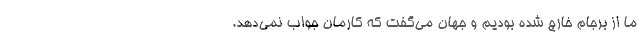
ما از برجام خارج شده بودیم و جهان می‌گفت که کارمان جواب نمی‌دهد.